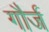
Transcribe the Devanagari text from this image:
गौर्ज